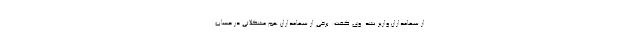
از سهامداران واریز نشد. وی گفت: برخی از سهامداران هم مشکلاتی در حساب